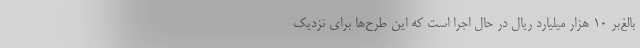
بالغ‌بر ۱۰ هزار میلیارد ریال در حال اجرا است که این طرح‌ها برای نزدیک